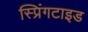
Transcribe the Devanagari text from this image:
स्प्रिंगटाइड